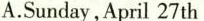
A.Sunday,April 27th